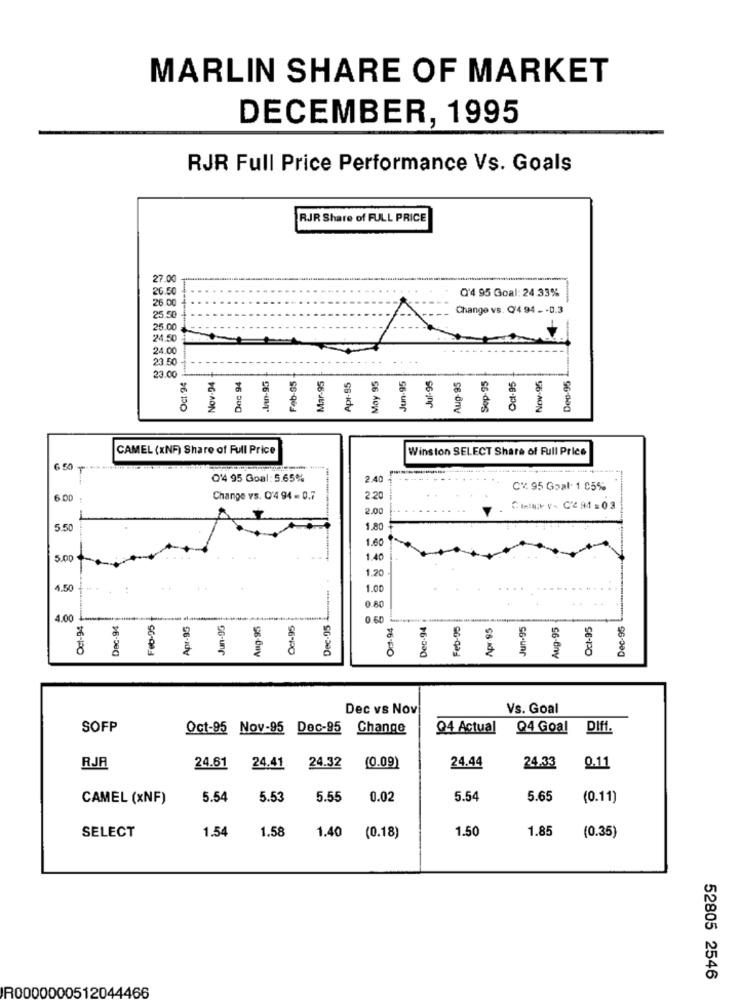
MARLIN SHARE OF MARKET
DECEMBER, 1995
RJR Full Price Performance Vs. Goals
RJR Share of FULL PRICE
888888888
Q'4 95 Goal: 24.33%
Change vs. Q'4 94 - - 0.3
24
24
Oct.94
Nov-94
Mar-95
May 95
Jun-95
Jul-95
Oc-95
Nov-95
Dec 94
.Jan-95
Feb-85
Apr-95
Aug-95
Sop-95
Deu-95
CAMEL (xNF) Share of Full Price
Winston SELECT Share of Full Price
0'4 95 Goal: 5.65%
2.40
C% 95 Goal. 1 05%
6.00
Change vs. C'4 94 = 0.7
2.20
2.00
Cite v. C2 94 =03
5.50
1.80
1.60
5.00
1.40
1.20
4.50
1.00
0.80
Dec-95
4.00
Oct-94
Dac-94
Feb-05
Apr-95
Jun-96
Aug-95
Oct-95
0.60
0:1-94
Dec-94
Feb-95
Apr 95
Jun-95
Aug-95
Oct-95
111
Dec vs Nov
Vs. Goal
SOFP
Oct-95 Nov-95 Dec-95
Change
94 Actual
Q4 Goal DIff.
24.33
RJA
24.61
24.41
24.32
(0.09)
24.44
0.11
CAMEL (xNF)
5.54
5.53
5.55
0.02
5.54
5.65
(0.11)
SELECT
1.54
1.58
1.40
1.50
1.85
(0.35)
(0.18)
52805 2546
R0000000512044466